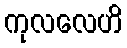
ကုလလေဟိ